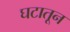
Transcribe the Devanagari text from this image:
घटातून